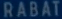
RABAT